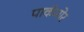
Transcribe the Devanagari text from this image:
पार्कमोर